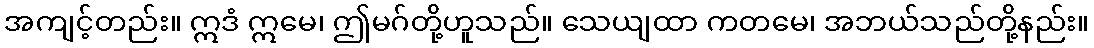
အကျင့်တည်း။ ဣဒံ ဣမေ၊ ဤမဂ်တို့ဟူသည်။ သေယျထာ ကတမေ၊ အဘယ်သည်တို့နည်း။